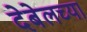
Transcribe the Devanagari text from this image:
देबेलच्या